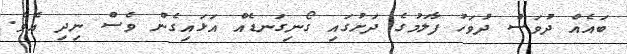
ބައެއް ދުވަސް ދުވަހު ފާލަމުގެ ދަށުގައި ގޯނިގަނޑެއް އަޅައިގެން ވެސް ނިދި އެވެ.